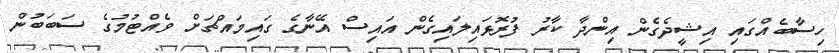
ހިސާބެއްގައި އިޝީދެގެން އިންދާ ކާރު ފުރޮޅައިލައިގެން އައިސް އޭނާގެ ގައިމައްޗަށް ވެއްޓުމުގެ ސަބަބުން